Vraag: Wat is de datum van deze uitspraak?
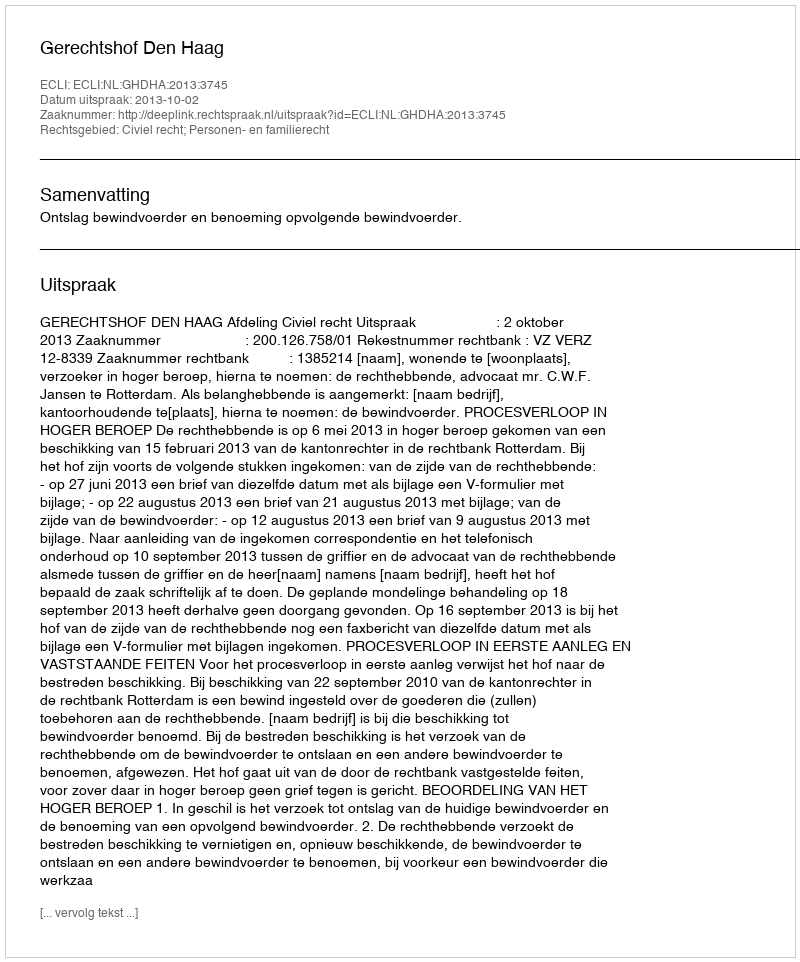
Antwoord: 2013-10-02